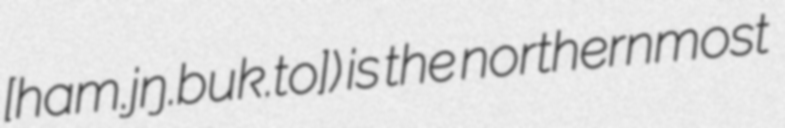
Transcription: [ham.ɡjʌŋ.buk̚.t͈o]) is the northernmost